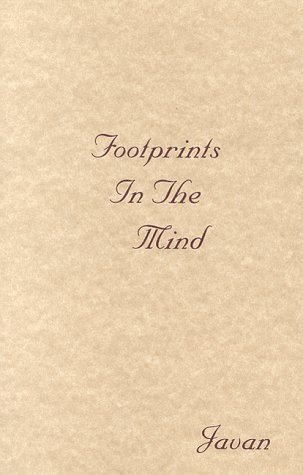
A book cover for Footprints in the Mind; Javan; Christian Books & Bibles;